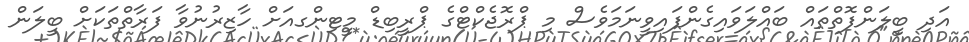
އަދި ބީލަންފޮތްތައް ބައްލަވައިގެންފައިވީނަމަވެސް މި ޕްރޮޖެކްޓްގެ ޕްރީބިޑް މީޓިންގއަށް ހާޒިރުނުވާ ފަރާތްތަކަށް ބީލަން